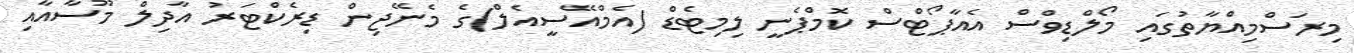
މިރަސްމިއްޔާތުގައި މޯލްޑިވްސް އެއާޕޯޓްސް ކޮމްޕެނީ ލިމިޓެޑް (އެމްއޭސީއެލް)ގެ މެނޭޖިން ޑިރެކްޓަރު އާދިލް މޫސާއާއި